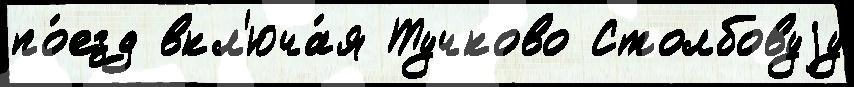
по́езд вкл'юча́я Тучково Столбовуjу